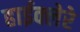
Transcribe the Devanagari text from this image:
हाईक्लेरे